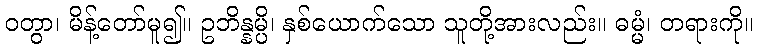
ဝတွာ၊ မိန့်တော်မူ၍။ ဥဘိန္နမ္ပိ၊ နှစ်ယောက်သော သူတို့အားလည်း။ ဓမ္မံ၊ တရားကို။